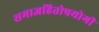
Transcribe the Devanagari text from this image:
समाजहितोपयोगी